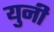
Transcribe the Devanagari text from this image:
युनी